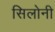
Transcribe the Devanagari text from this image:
सिलोनी